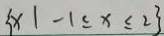
\{ x \vert - 1 \leq x \leq 2 \}